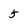
Character: 5